Vaccination in the Punjab 1867-1880 - 1867-1880
Year: 1867
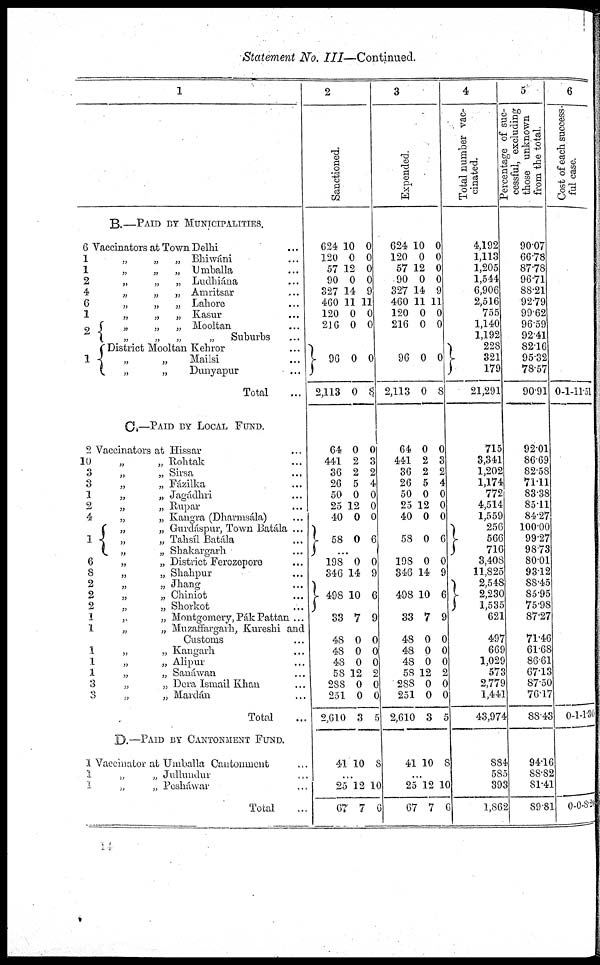
Statement No.
III—Continued.
1
B.—PAID BY MUNICIPALITIES.
6 Vaccinators at Town Delhi ...
1
1
2
4
6
1
2
1
„
„
„ Bhiwáni ...
„
„
„ Umballa ...
„
„
„ Ludhiána ...
„
„
„ Amritsar ...
„
„
„ Lahore ...
„
„ Kasur ...
„
„
„ Mooltan ...
Suburbs ...
District Mooltan Kehror ...
„
„
Mailsi ...
„
Dunyapur ...
Total ...
C.—PAID BY LOCAL FUND.
2
10
3
3
1
2
4
1
6
8
2
2
2
1
1
1
1
1
3
3
Vaccinators at Hissar ...
„
„ Rohtak ...
„
„ Sirsa ...
„
„ Fázilka ...
„
„ Jagádhri ...
„
„ Rupar ...
„
„ Kangra (Dharmsála) ...
„
„ Gurdáspur, Town Batála ...
„
„ Tahsíl Batála
...
„
„ Shakargarh ...
„
„ District Ferozepore ...
„
„ Shahpur ...
„ Jhang ...
„
„ Chiniot ...
„
„ Shorkot ...
,.
„ Montgomery,PákPattan ...
„
„ Muzaffargarh, Kuroshi and
Customs ...
„ Kangarh ...
„ Alipur ...
„
„ Sanáwan ...
„
„ Dora Ismail Khan ...
„
„ Mardán ...
Total ...
D.— PAID BY CANTONMENT FUND.
1
1
3
Vaccinator at Umballa Cantonment ...
„
„ Jullundur ...
„
„ Pesháwar ...
Total ...
2
Sanctioned.
624
120
57
90
327
460
120
216
96
2,113
64
441
36
26
50
25
40
58
198
346
498
33
48
48
48
58
288
251
2,610
41
25
67
10
0
12
0
14
11
0
0
0
0
0
2
2
5
0
12
0
0
0
14
10
7
0
0
0
12
0
0
3
10
..
12
7
0
0
0
0
9
11
0
0
0
8
0
3
2
4
0
0
0
6
0
9
6
9
0
0
0
2
0
0
5
8
10
6
3
Expended.
624
120
57
90
327
460
120
216
96
2,113
64
441
36
26
50
25
40
58
198
346
498
33
48
48
48
58
288
251
2,610
41
...
25
67
10
0
12
0
14
11
0
0
0
0
0
2
2
5
0
12
0
0
0
14
10
7
0
0
0
12
0
0
3
10
.
12
7
0
0
0
0
9
11
0
0
0
8
0
3
2
4
0
0
0
6
0
9
6
9
0
0
0
2
0
0
5
8
10
6
4
Total number vac¬
cinated.
4,192
1,113
1,205
1,544
6,906
2,516
755
1,140
1,192
228
321
179
21,291
715
3,341
1,202
1,174
772
4,514
1,559
256
566
716
3,408
11,825
2,548
2,230
1,535
621
497
669
1,029
573
2,779
1,441
43,974
884
585
393
1,862
5
Percentage of suc¬
cessful, excluding
those unknown
from the total.
90.07
66.78
87.78
96.71
88.21
92.79
99.62
96.59
92.41
82.16
95.32
78.57
90.91
92.01
86.69
82.58
71.11
83.38
85.11
84.27
100.00
99.27
98.73
80.01
93.12
88.45
85.95
75.98
87.27
71.46
61.68
86.61
67.13
87.50
76.17
88.43
94.16
88.82
81.41
89.81
6
Cost of each s
ful cas e.
0
0
0
1
1
0
11.51
1. 30
8. 20
11